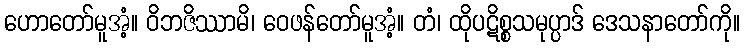
ဟောတော်မူအံ့။ ဝိဘဇိဿာမိ၊ ဝေဖန်တော်မူအံ့။ တံ၊ ထိုပဋိစ္စသမုပ္ပာဒ် ဒေသနာတော်ကို။